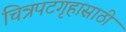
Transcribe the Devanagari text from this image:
चित्रपटगृहासाठी